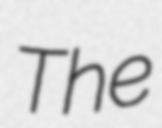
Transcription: The